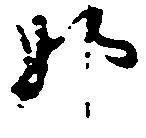
那